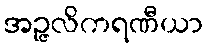
အဉ္ဇလိကရဏီယာ